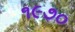
૧૯૭૦